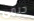
جيمى